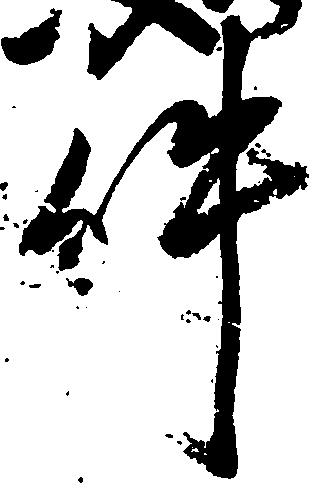
件